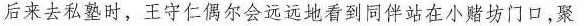
后来去私塾时，王守仁偶尔会远远地看到同伴站在小赌坊门口，聚